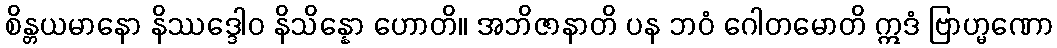
စိန္တယမာနော နိဿဒ္ဒေါဝ နိသိန္နော ဟောတိ။ အဘိဇာနာတိ ပန ဘဝံ ဂေါတမောတိ ဣဒံ ဗြာဟ္မဏော